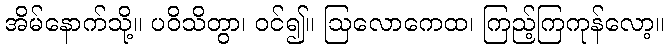
အိမ်နောက်သို့။ ပဝိသိတွာ၊ ဝင်၍။ ဩလောကေထ၊ ကြည့်ကြကုန်လော့။